Rangoon Lunatic Asylum 1878-1892 - 1878-1892
Year: 1878
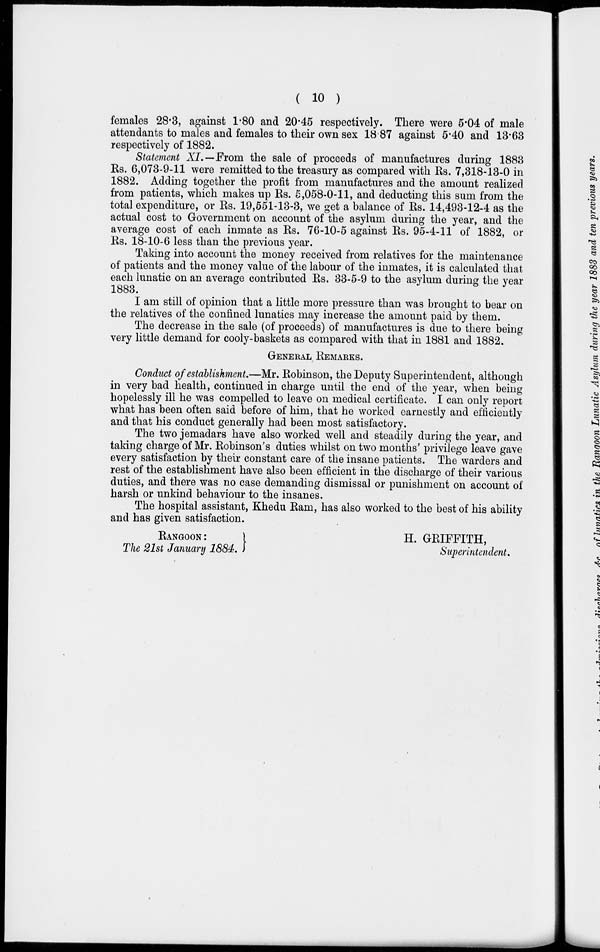
( 10 )
females 28.3, against 1.80 and 20.45 respectively. There were 5.04 of male
attendants to males and females to their own sex 18.87 against 5.40 and 13.63
respectively of 1882.
Statement XI.—From the sale of proceeds of manufactures during 1883
Rs. 6,073-9-11 were remitted to the treasury as compared with Rs. 7,318-13-0 in
1882. Adding together the profit from manufactures and the amount realized
from patients, which makes up Rs. 5,058-0-11, and deducting this sum from the
total expenditure, or Rs. 19,551-13-3, we get a balance of Rs. 14,493-12-4 as the
actual cost to Government on account of the asylum during the year, and the
average cost of each inmate as Rs. 76-10-5 against Rs. 95-4-11 of 1882, or
Rs. 18-10-6 less than the previous year.
Taking into account the money received from relatives for the maintenance
of patients and the money value of the labour of the inmates, it is calculated that
each lunatic on an average contributed Rs. 33-5-9 to the asylum during the year
1883.
I am still of opinion that a little more pressure than was brought to bear on
the relatives of the confined lunatics may increase the amount paid by them.
The decrease in the sale (of proceeds) of manufactures is due to there being
very little demand for cooly-baskets as compared with that in 1881 and 1882.
GENERAL REMARKS.
Conduct of establishment.—Mr. Robinson, the Deputy Superintendent, although
in very bad health, continued in charge until the end of the year, when being
hopelessly ill he was compelled to leave on medical certificate. I can only report
what has been often said before of him, that he worked earnestly and efficiently
and that his conduct generally had been most satisfactory.
The two jemadars have also worked well and steadily during the year, and
taking charge of Mr. Robinson's duties whilst on two months' privilege leave gave
every satisfaction by their constant care of the insane patients. The warders and
rest of the establishment have also been efficient in the discharge of their various
duties, and there was no case demanding dismissal or punishment on account of
harsh or unkind behaviour to the insanes.
The hospital assistant, Khedu Ram, has also worked to the best of his ability
and has given satisfaction.
RANGOON:
The 21st January 1884.
H. GRIFFITH,
Superintendent.